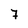
Character: 7